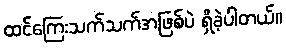
ထင်ကြေးသက်သက်အဖြစ်ပဲ ရှိခဲ့ပါတယ်။